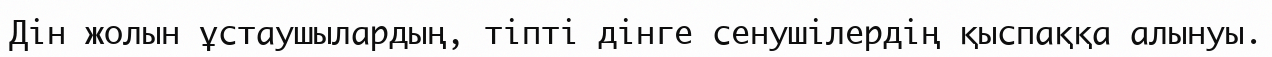
Дін жолын ұстаушылардың, тіпті дінге сенушілердің қыспаққа алынуы.